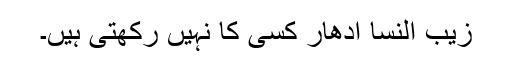
زیب النسا اُدھار کسی کا نہیں رکھتی ہیں۔